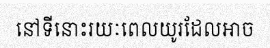
នៅទីនោះរយៈពេលយូរដែលអាច